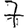
Digit: 7